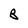
Character: B